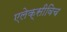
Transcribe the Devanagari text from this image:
एलेक्सीविच